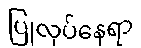
ပြုလုပ်နေရာ